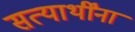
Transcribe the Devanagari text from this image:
सत्यार्थींना